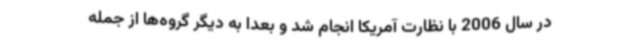
در سال 2006 با نظارت آمریکا انجام شد و بعدا به دیگر گروه‌ها از جمله